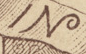
IN